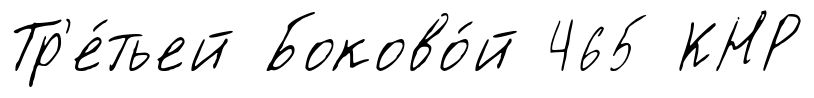
Тр'е́тьей Боково́й 465 КНР